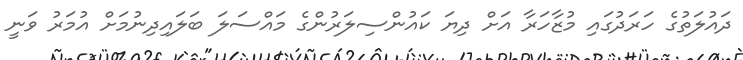
ދައުލަތުގެ ހަރަދުގައި މުޒާހަރާ އަށް ދިޔަ ކައުންސިލަރުންގެ މައްސަލަ ބަލައިދިނުމަށް އުމަރު ވަނީ